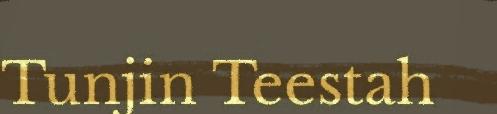
Tunjin Teestah